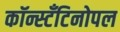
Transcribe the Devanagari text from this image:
कॉन्स्टॅंटिनोपल